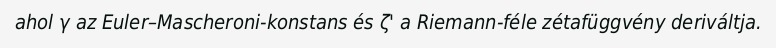
ahol γ az Euler–Mascheroni-konstans és ζ' a Riemann-féle zétafüggvény deriváltja.